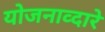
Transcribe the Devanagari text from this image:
योजनाव्दारे